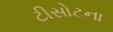
ટીસોટના